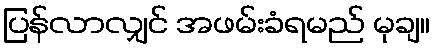
ပြန်လာလျှင် အဖမ်းခံရမည် မုချ။